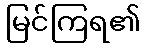
မြင်ကြရ၏